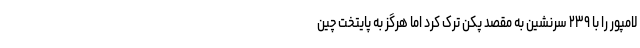
لامپور را با ۲۳۹ سرنشین به مقصد پکن ترک کرد اما هرگز به پایتخت چین